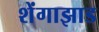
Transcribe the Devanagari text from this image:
शेंगाझाड